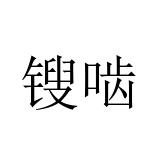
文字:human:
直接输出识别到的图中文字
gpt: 锼啮